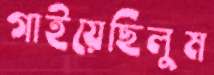
গাইয়েছিলুম